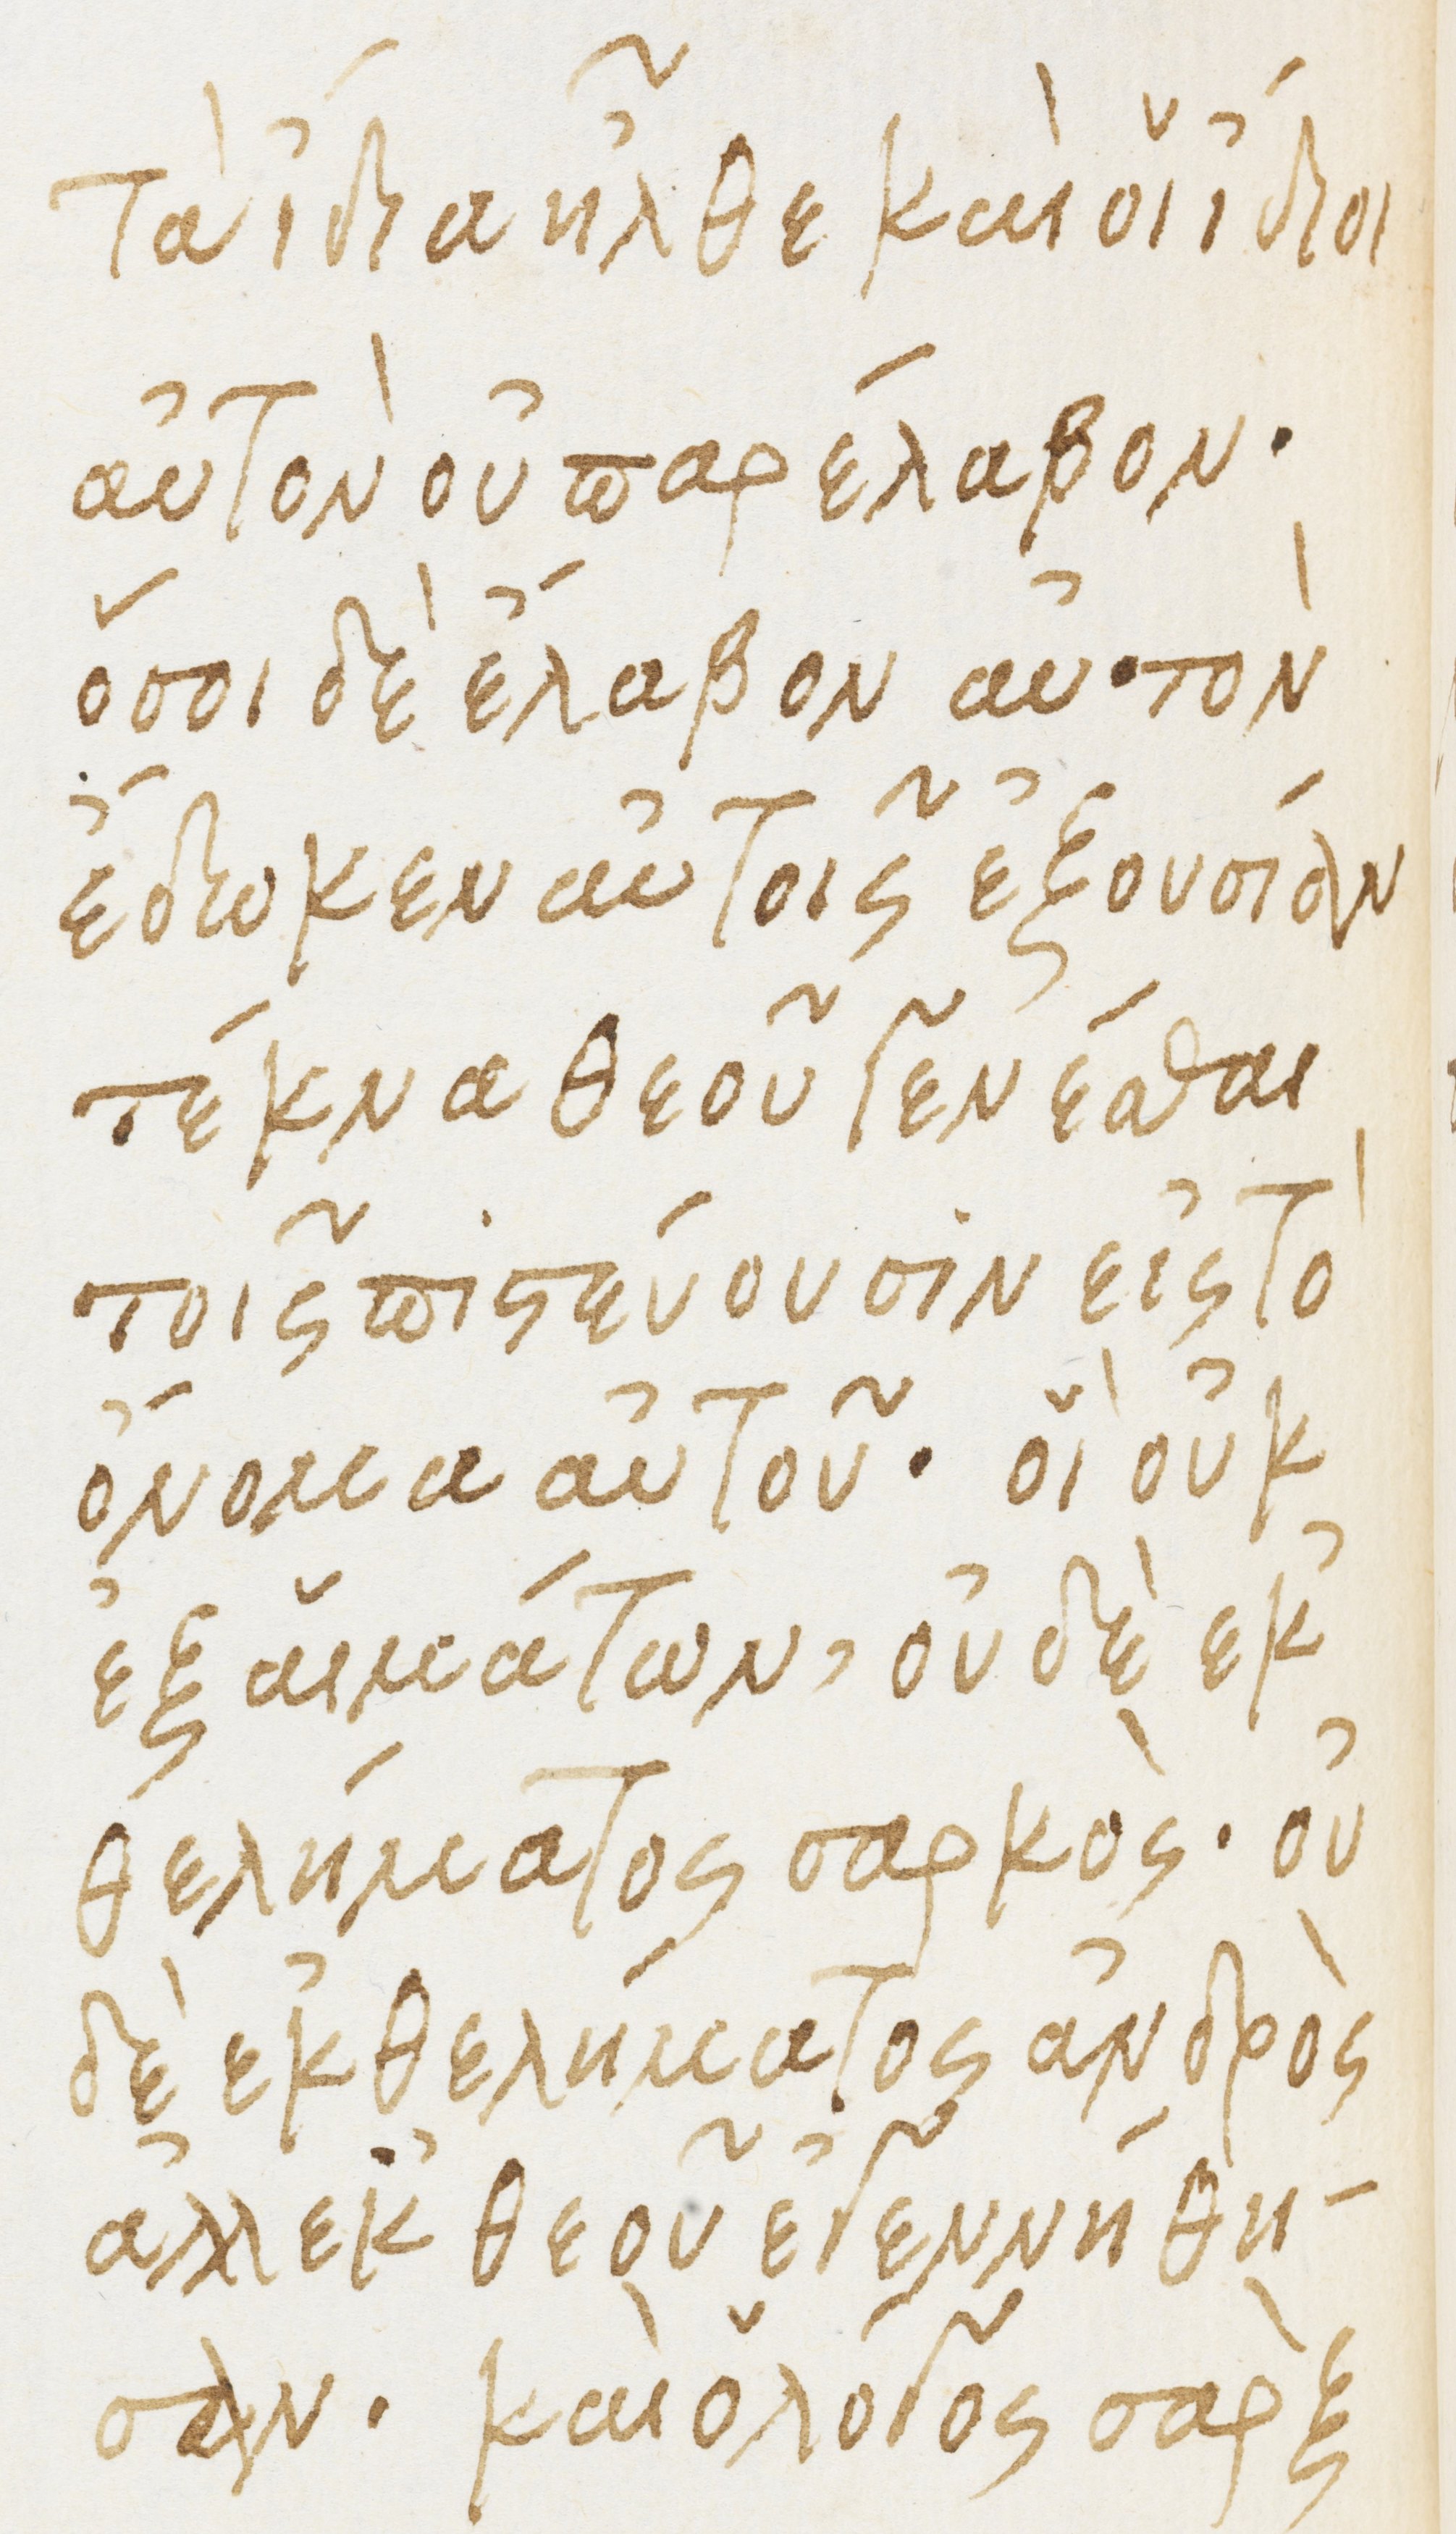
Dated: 1475–1499